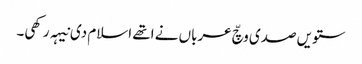
ستویں صدی وچّ عرباں نے اتھے اسلام دی نیہہ رکھی۔